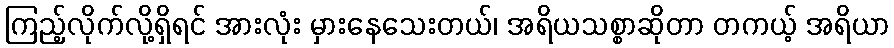
ကြည့်လိုက်လို့ရှိရင် အားလုံး မှားနေသေးတယ်၊ အရိယသစ္စာဆိုတာ တကယ့် အရိယာ